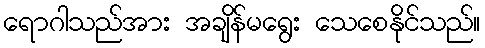
ရောဂါသည်အား အချိန်မရွေး သေစေနိုင်သည်။